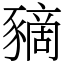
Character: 豴